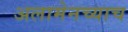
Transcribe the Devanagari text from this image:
अलामेनच्याच